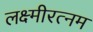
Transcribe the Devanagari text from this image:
लक्ष्मीरत्नम